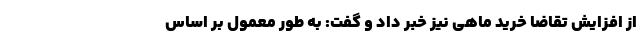
از افزایش تقاضا خرید ماهی نیز خبر داد و گفت: به طور معمول بر اساس